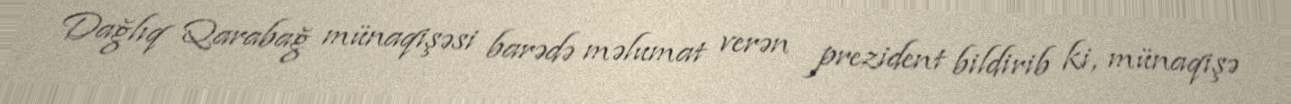
Dağlıq Qarabağ münaqişəsi barədə məlumat verən prezident bildirib ki, münaqişə